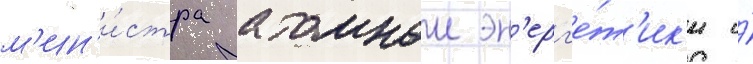
м'ин'и́стра атомнои эн'ерг'е́т'ик'и и́